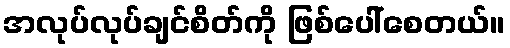
အလုပ်လုပ်ချင်စိတ်ကို ဖြစ်ပေါ်စေတယ်။